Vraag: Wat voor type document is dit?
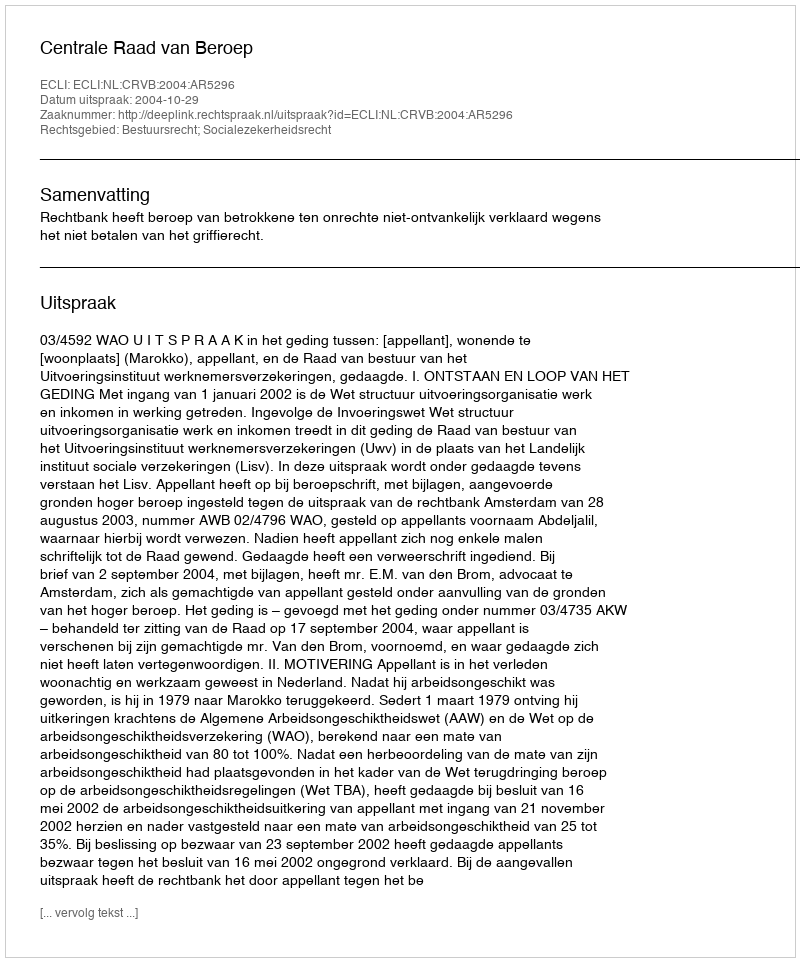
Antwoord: Uitspraak